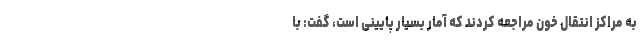
به مراکز انتقال خون مراجعه کردند که آمار بسیار پایینی است، گفت: با